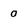
Character: o